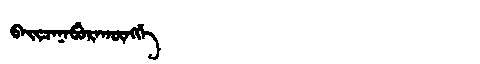
Manchu: ᠪᠠᡳᠴᠠᠨᠠᠪᡠᡵᠠᡴᡡᠩᡤᡝ
Romanization: BAICANABURAKŪNGGE